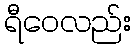
ရီဝေလည်း